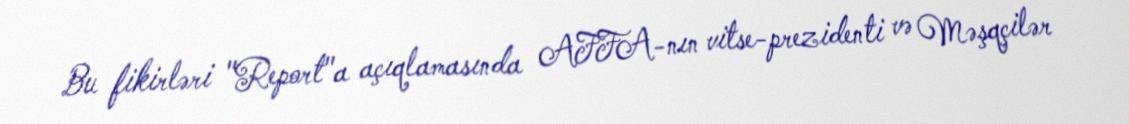
Bu fikirləri "Report"a açıqlamasında AFFA-nın vitse-prezidenti və Məşqçilər